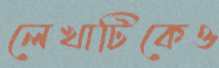
লেখাটিকেও